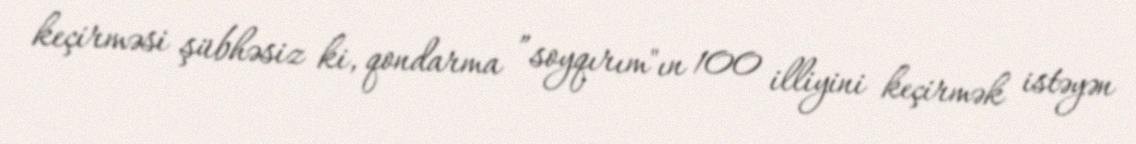
keçirməsi şübhəsiz ki, qondarma ”soyqırım"ın 100 illiyini keçirmək istəyən